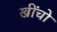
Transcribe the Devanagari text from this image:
खींचो